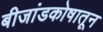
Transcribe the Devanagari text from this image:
बीजांडकोषातून